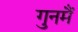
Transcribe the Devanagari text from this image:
गुनमैं